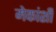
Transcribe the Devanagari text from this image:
मेकांशी